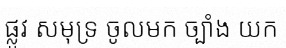
ផ្លូវ សមុទ្រ ចូលមក ច្បាំង យក